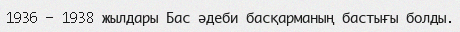
1936 — 1938 жылдары Бас әдеби басқарманың бастығы болды.